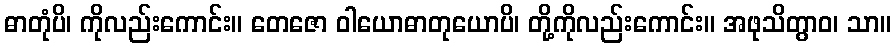
ဓာတုံပိ၊ ကိုလည်းကောင်း။ တေဇော ဝါယောဓာတုယောပိ၊ တို့ကိုလည်းကောင်း။ အဖုသိတွာဝ၊ သာ။